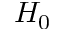
H _ { 0 }